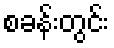
စခန်းတွင်း